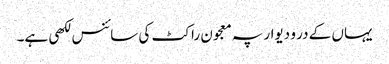
یہاں کے در و دیوار پہ معجون راکٹ کی سائنس لکھی ہے۔